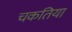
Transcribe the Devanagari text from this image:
चकतिया